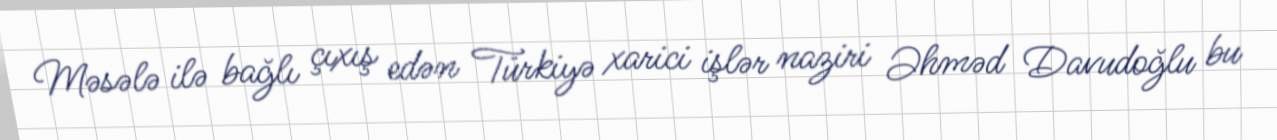
Məsələ ilə bağlı çıxış edən Türkiyə xarici işlər naziri Əhməd Davudoğlu bu